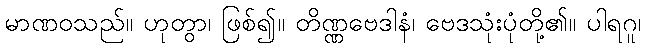
မာဏဝသည်။ ဟုတွာ၊ ဖြစ်၍။ တိဏ္ဏဗေဒါနံ၊ ဗေဒသုံးပုံတို့၏။ ပါရဂူ၊